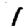
Digit: 1